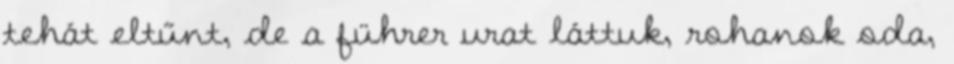
tehát eltűnt, de a führer urat láttuk, rohanok oda,